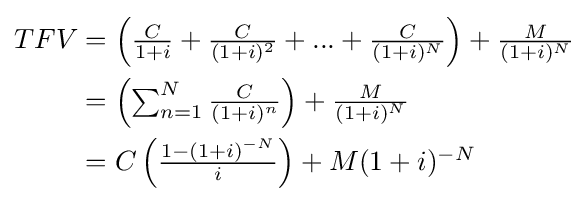
{\begin{aligned}TFV&={\begin{matrix}\left({\frac {C}{1+i}}+{\frac {C}{(1+i)^{2}}}+...+{\frac {C}{(1+i)^{N}}}\right)+{\frac {M}{(1+i)^{N}}}\end{matrix}}\\&={\begin{matrix}\left(\sum _{n=1}^{N}{\frac {C}{(1+i)^{n}}}\right)+{\frac {M}{(1+i)^{N}}}\end{matrix}}\\&={\begin{matrix}C\left({\frac {1-(1+i)^{-N}}{i}}\right)+M(1+i)^{-N}\end{matrix}}\end{aligned}}